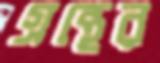
গ্রন্থের